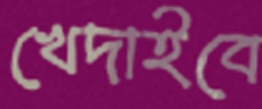
খেদাইবে